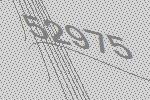
52975